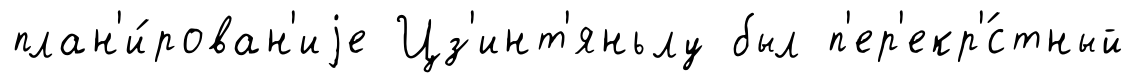
план'и́рован'иjе Цз'инт'яньлу был п'ер'екр'́стный